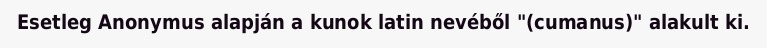
Esetleg Anonymus alapján a kunok latin nevéből "(cumanus)" alakult ki.